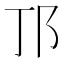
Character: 邒